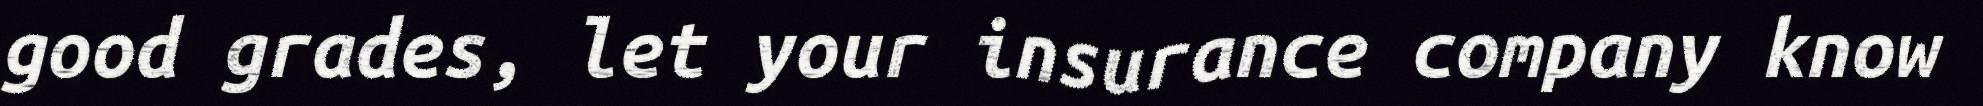
good grades, let your insurance company know